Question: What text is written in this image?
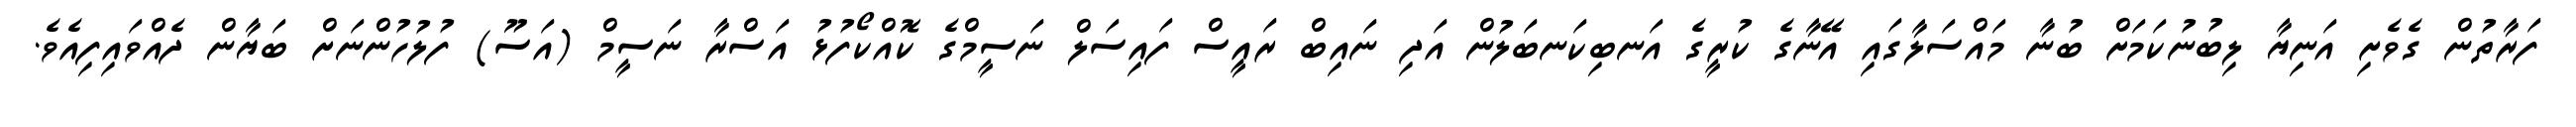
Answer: ފަރާތުން ގެވެށި އަނިޔާ ލިބުނުކަމަށް ބުނާ މައްސަލާގައި އޭނާގެ ކުރީގެ އަނބިކަނބަލުން އަދި ނައިބް ރައީސް ފައިސަލް ނަސީމްގެ ކޮއްކޯފުޅު އަސްރާ ނަސީމް (އަސޫ) ފުލުހުންނަށް ބަޔާން ދެއްވައިފިއެވެ.